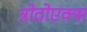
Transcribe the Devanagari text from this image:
त्रोदोएक्स